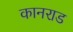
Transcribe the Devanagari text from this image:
कानराड